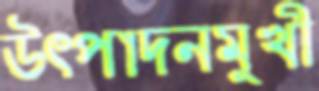
উৎপাদনমুখী